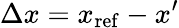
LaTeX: \Delta x=x_{\mathrm{ref}}-x^{\prime}